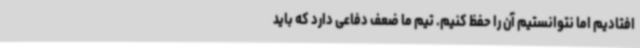
افتادیم اما نتوانستیم آن را حفظ کنیم. تیم ما ضعف دفاعی دارد که باید